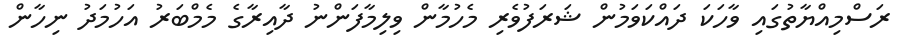
ރަސްމިއްޔާތުގައި ވާހަކަ ދައްކަވަމުން ޝަރަފުވެރި މެހުމާން ވިލިމާފަންނު ދާއިރާގެ މެމްބަރު އަހުމަދު ނިހާން